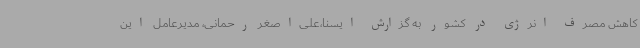
کاهش مصرف انرژی در کشور به گزارش ایسنا،علی‌اصغر رحمانی، مدیرعامل این